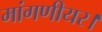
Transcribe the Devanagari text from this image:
मांगणीयर।